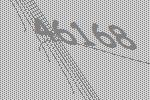
46168